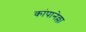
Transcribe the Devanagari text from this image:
कांपानेल्ला